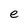
Character: e